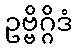
ဥဗ္ဗိဂ္ဂိဒံ